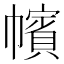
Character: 㡦